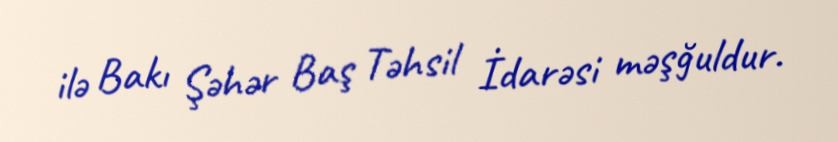
ilə Bakı Şəhər Baş Təhsil İdarəsi məşğuldur.